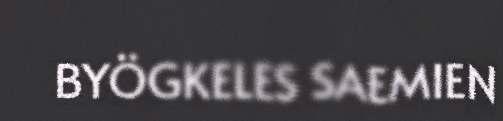
BYÖGKELES SAEMIEN